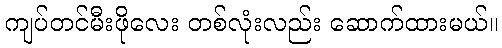
ကျပ်တင်မီးဖိုလေး တစ်လုံးလည်း ဆောက်ထားမယ်။